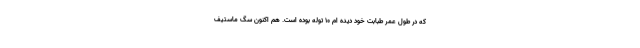
که در طول عمر طبابت خود دیده ام ۱۰ توله بوده است. هم اکنون سگ ماستیف